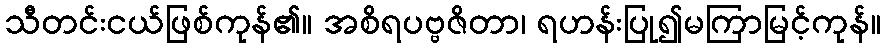
သီတင်းငယ်ဖြစ်ကုန်၏။ အစိရပဗ္ဗဇိတာ၊ ရဟန်းပြု၍မကြာမြင့်ကုန်။